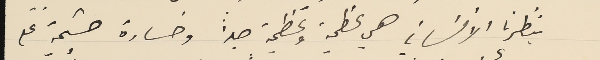
بنظرنا الانساني هي عظيمة وعظيمة جداً وخسارة جسَيمة على